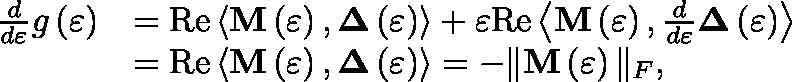
\begin{array} { r l } { \frac { d } { d \varepsilon } g \left( \varepsilon \right) } & { = \mathrm { R e } \left\langle \mathbf { M } \left( \varepsilon \right) , \mathbf { \Delta } \left( \varepsilon \right) \right\rangle + \varepsilon \mathrm { R e } \left\langle \mathbf { M } \left( \varepsilon \right) , \frac { d } { d \varepsilon } \mathbf { \Delta } \left( \varepsilon \right) \right\rangle } \\ & { = \mathrm { R e } \left\langle \mathbf { M } \left( \varepsilon \right) , \mathbf { \Delta } \left( \varepsilon \right) \right\rangle = - \| \mathbf { M } \left( \varepsilon \right) \| _ { F } , } \end{array}